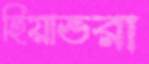
হিয়াভরা